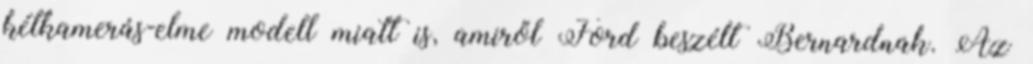
kétkamerás-elme modell miatt is, amiről Ford beszélt Bernardnak. Az